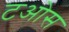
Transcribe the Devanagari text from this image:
टओस